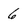
Character: 6